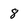
Character: 8